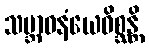
သမ္ဘာဝနံယေဝိစ္ဆန္တိ